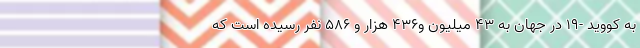
به کووید -۱۹ در جهان به ۴۳ میلیون و۴۳۶ هزار و ۵۸۶ نفر رسیده است که